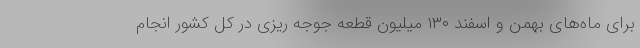
برای ماه‌های بهمن و اسفند ۱۳۰ میلیون قطعه جوجه ریزی در کل کشور انجام